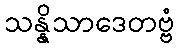
သန္နိသာဒေတဗ္ဗံ